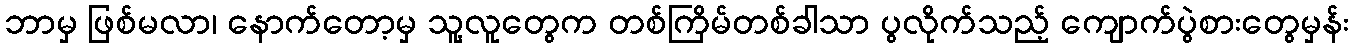
ဘာမှ ဖြစ်မလာ၊ နောက်တော့မှ သူ့လူတွေက တစ်ကြိမ်တစ်ခါသာ ပွလိုက်သည့် ကျောက်ပွဲစားတွေမှန်း